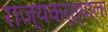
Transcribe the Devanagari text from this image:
राज्यकर्त्याला